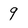
Character: 9